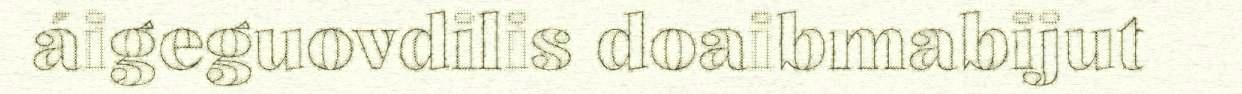
áigeguovdilis doaibmabijut